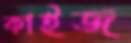
কাইজ